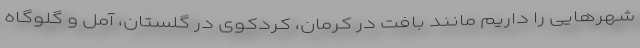
شهرهایی را داریم مانند بافت در کرمان، کردکوی در گلستان، آمل و گلوگاه